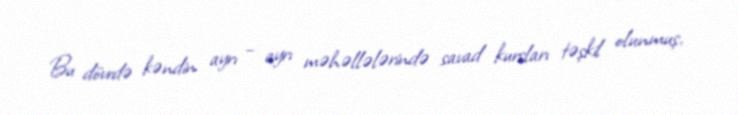
Bu dövrdə kəndin ayrı – ayrı məhəllələrində savad kursları təşkil olunmuş,